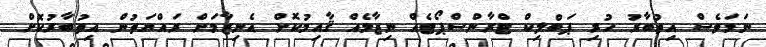
ނަމަވެސް އިތުބާރު ހުރި ޕަބްލިކް ޓްރާންސްޕޯޓެއް ނިޒާމެއް ޤާއިމުކޮށް އެނިޒާމަށް ރައްޔަތުން އިތުބާރުކޮށް